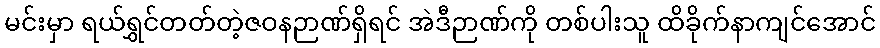
မင်းမှာ ရယ်ရွှင်တတ်တဲ့ဇဝနဉာဏ်ရှိရင် အဲဒီဉာဏ်ကို တစ်ပါးသူ ထိခိုက်နာကျင်အောင်